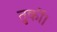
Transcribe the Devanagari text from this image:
तुर्की।